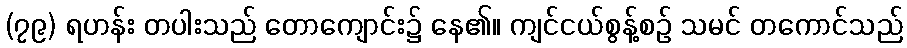
(၇၉) ရဟန်း တပါးသည် တောကျောင်း၌ နေ၏။ ကျင်ငယ်စွန့်စဉ် သမင် တကောင်သည်